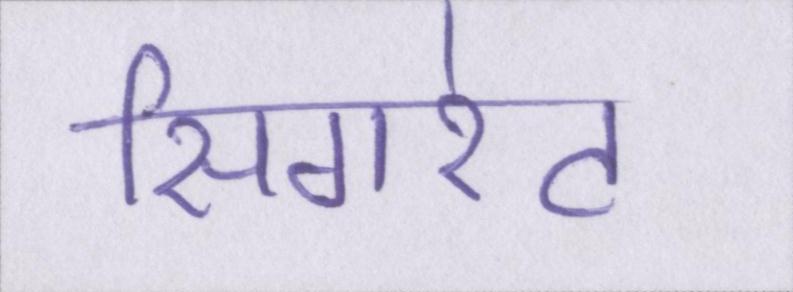
सिगरेट